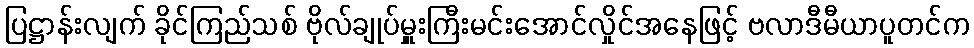
ပြဋ္ဌာန်းလျက် ခိုင်ကြည်သစ် ဗိုလ်ချုပ်မှူးကြီးမင်းအောင်လှိုင်အနေဖြင့် ဗလာဒီမီယာပူတင်က